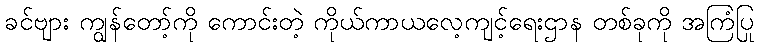
ခင်ဗျား ကျွန်တော့်ကို ကောင်းတဲ့ ကိုယ်ကာယလေ့ကျင့်ရေးဌာန တစ်ခုကို အကြံပြု